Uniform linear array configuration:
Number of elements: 8
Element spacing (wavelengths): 0.75
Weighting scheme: cosine
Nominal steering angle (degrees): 30
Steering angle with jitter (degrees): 30.017
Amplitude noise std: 0.05
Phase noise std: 0.05

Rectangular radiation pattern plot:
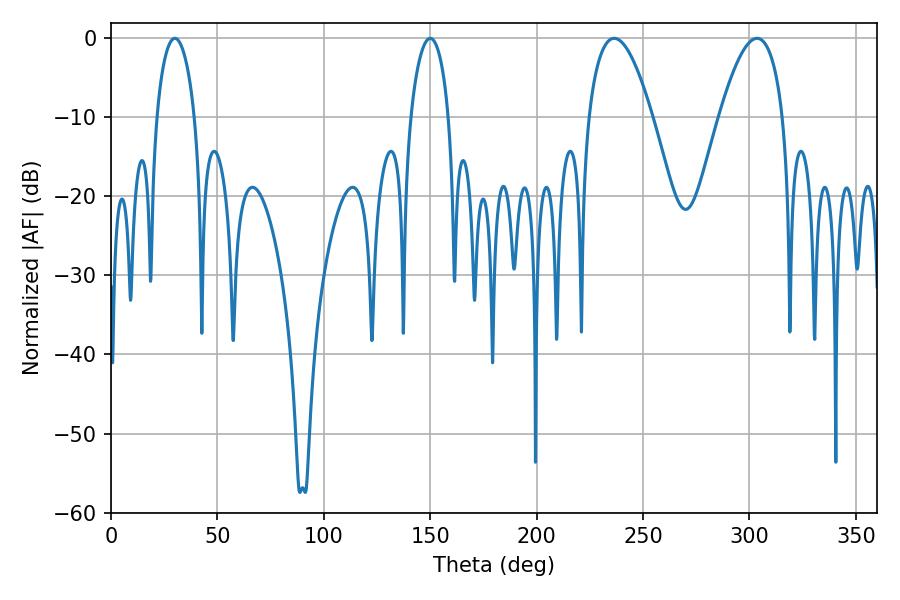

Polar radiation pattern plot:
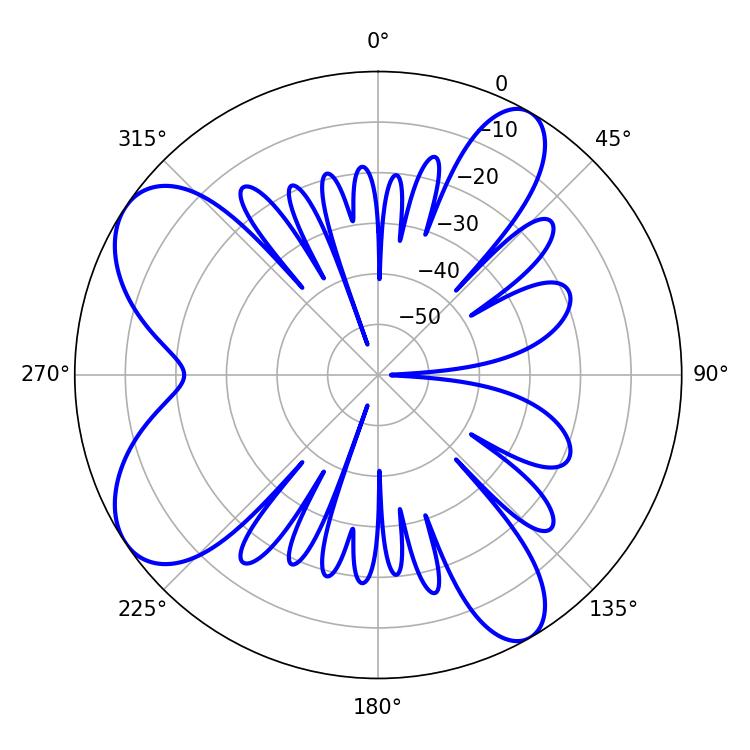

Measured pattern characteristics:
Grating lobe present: TRUE
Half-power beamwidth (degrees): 16.56
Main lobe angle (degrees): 236.52